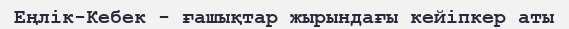
Еңлік-Кебек - ғашықтар жырындағы кейіпкер аты